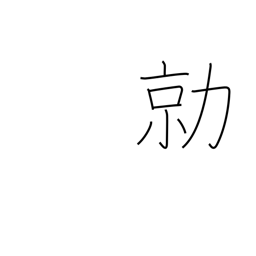
Meaning: fierce